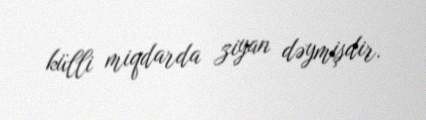
külli miqdarda ziyan dəymişdir.